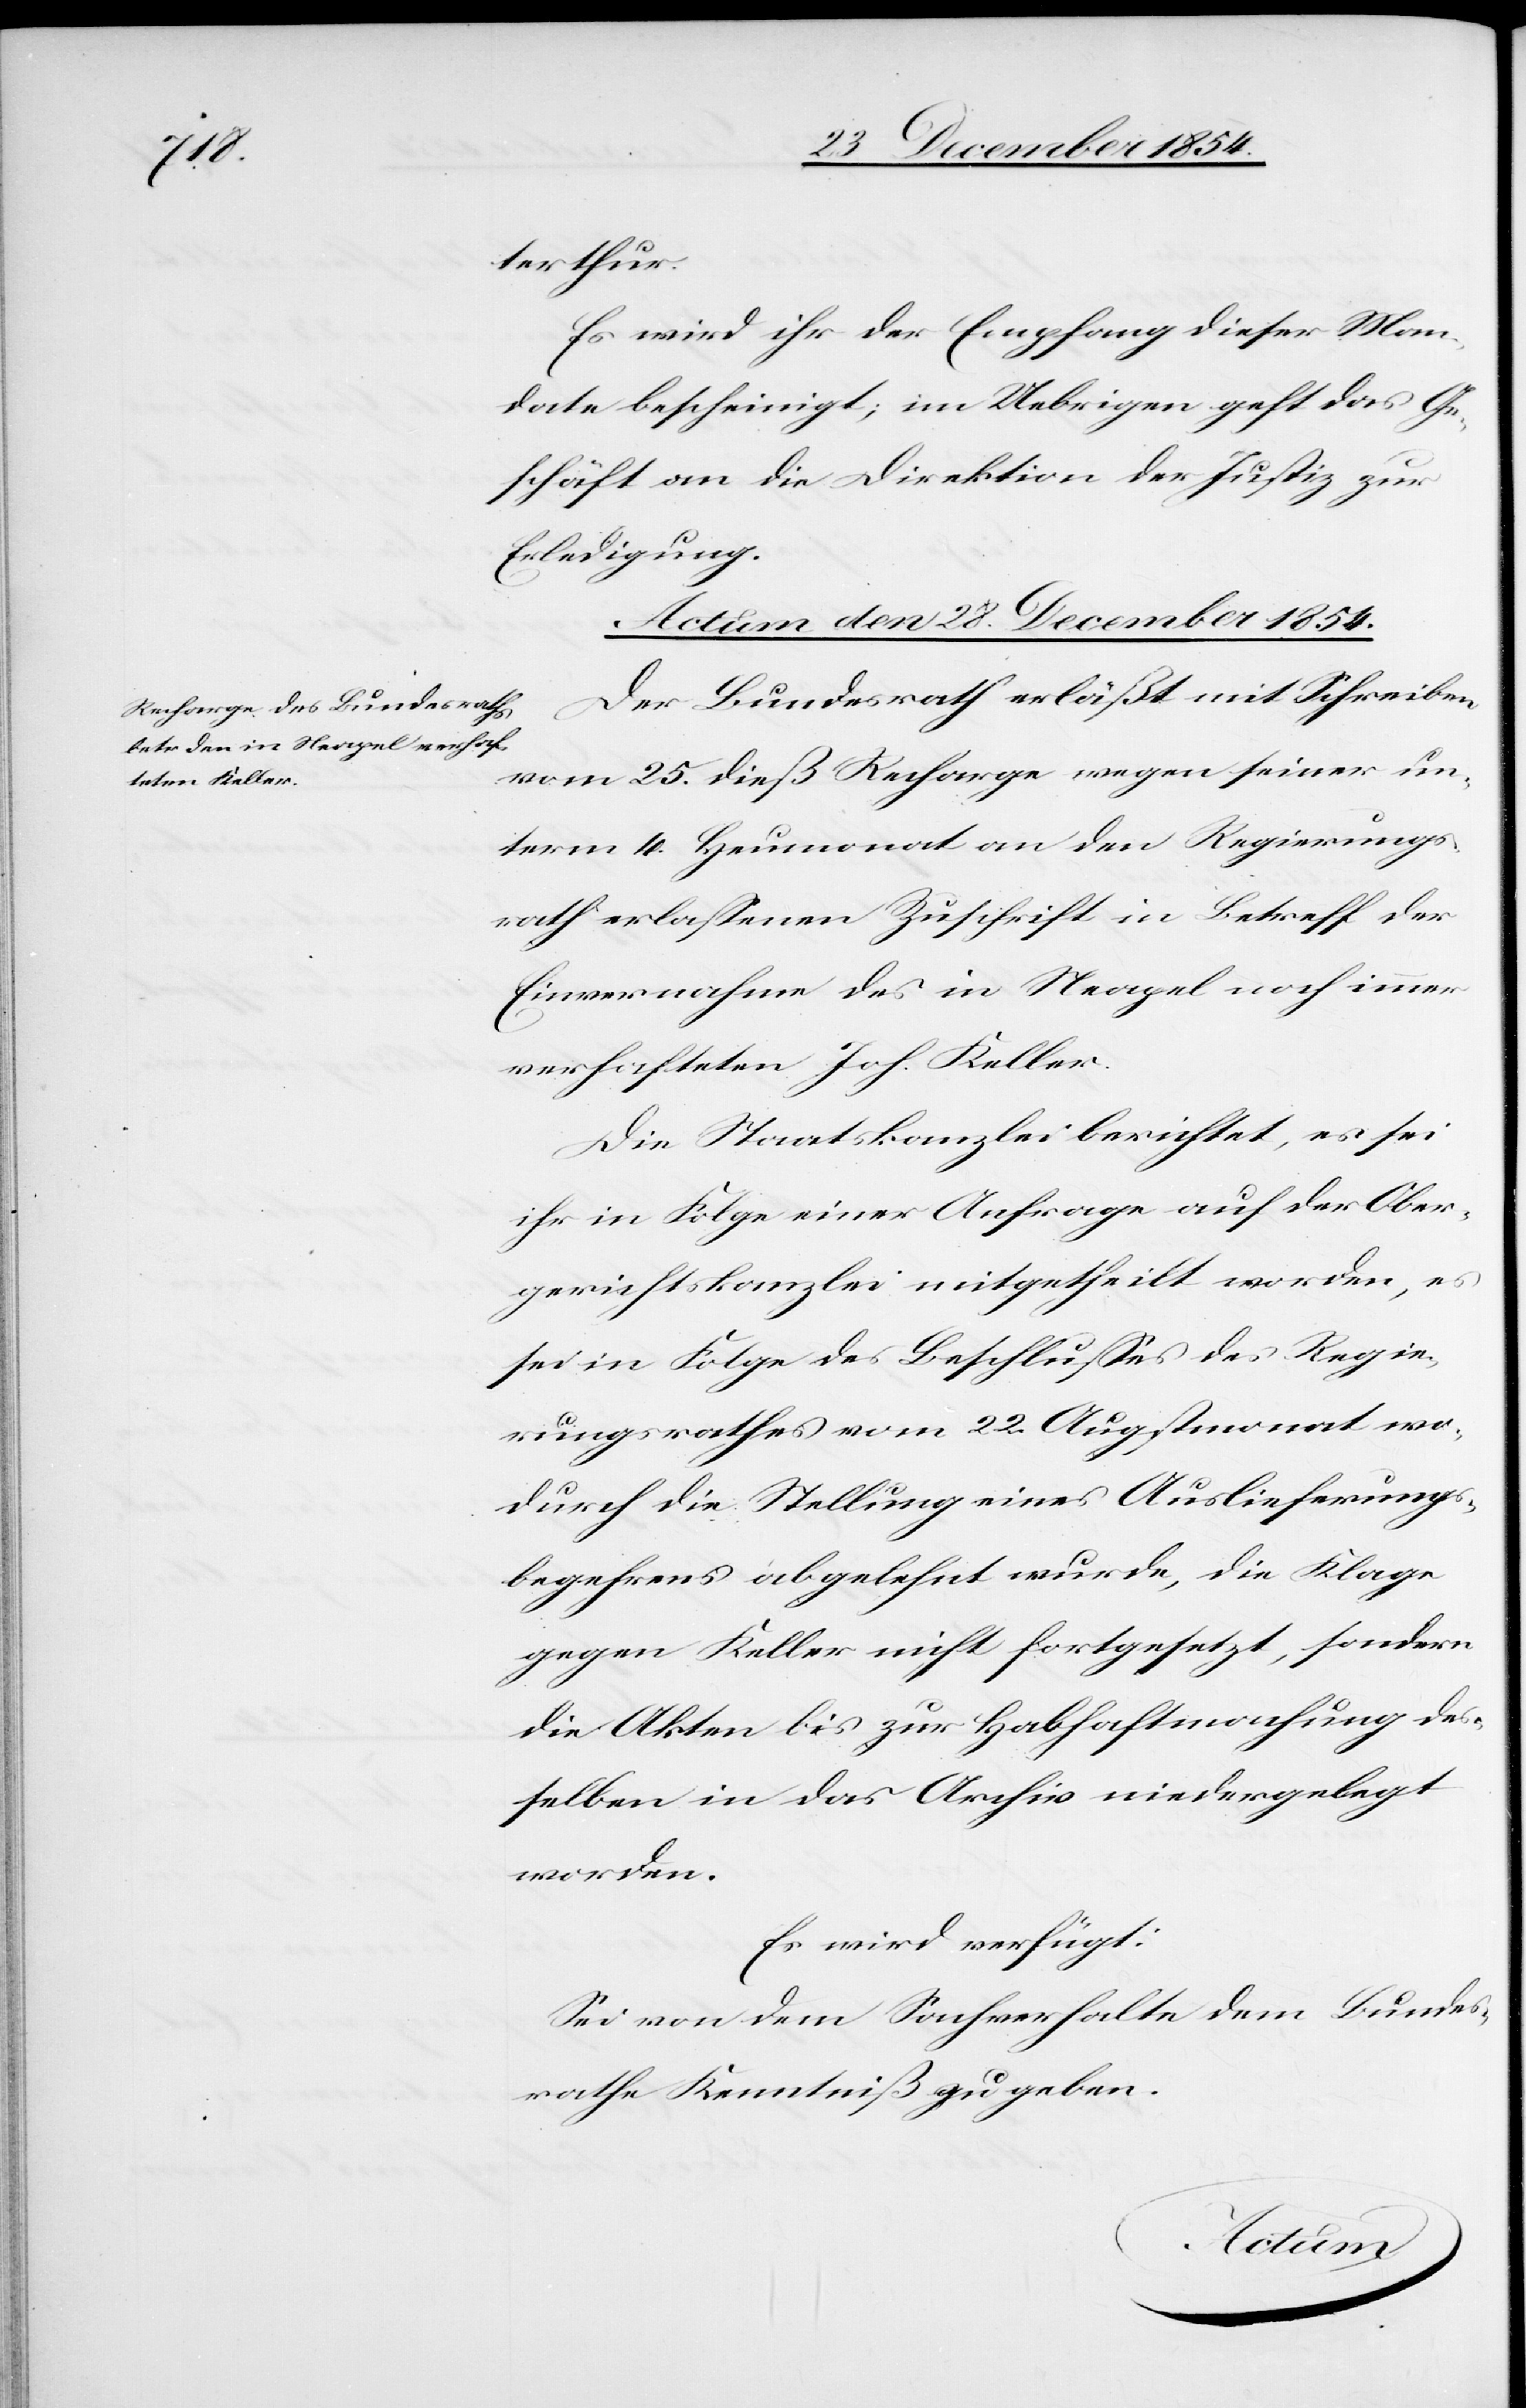
terthur.
Es wird ihr der Empfang dieser Man¬
date bescheinigt; im Uebrigen geht das Ge¬
schäft an die Direktion der Justiz zur
Erledigung.
Actum den 28. December 1854.
Der Bundesrath erläßt mit Schreiben
vom 25. dieß Recharge wegen seiner un¬
term 4. Heumonat an den Regierungs¬
rath erlaßenen Zuschrift in Betreff der
Einvernahme des in Neapel noch immer
verhafteten Joh. Keller.
Die Staatskanzlei berichtet, es sei
ihr in Folge einer Anfrage auf der Ober¬
gerichtskanzlei mitgehteilt worden, es
sei in Folge des Beschlußes des Regie¬
rungsrathes vom 22. Augstmonat wo¬
durch die Stellung eines Auslieferungs¬
begehrens abgelehnt wurde, die Klage
gegen Keller nicht fortgesetzt, sondern
die Akten bis zur Habhaftmachung des¬
selben in das Archiv niedergelegt
worden.
Es wird verfügt:
Sei von dem Sachverhalten dem Bundes¬
rathe Kenntniß zu geben.